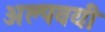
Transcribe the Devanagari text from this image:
अल्पवयी